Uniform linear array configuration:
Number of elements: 32
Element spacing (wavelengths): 1
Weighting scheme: uniform
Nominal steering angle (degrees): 15
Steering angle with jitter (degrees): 15.832
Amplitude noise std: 0.05
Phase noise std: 0.05

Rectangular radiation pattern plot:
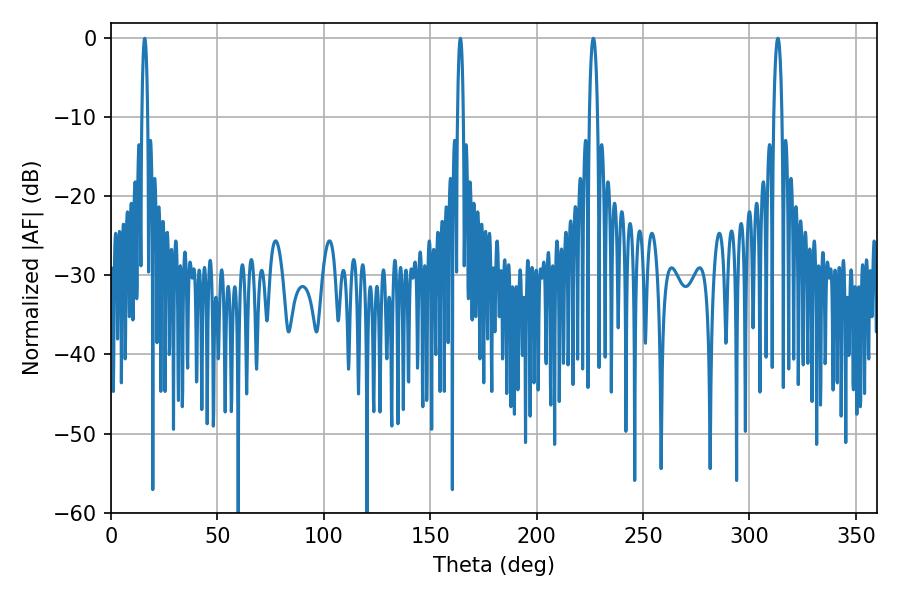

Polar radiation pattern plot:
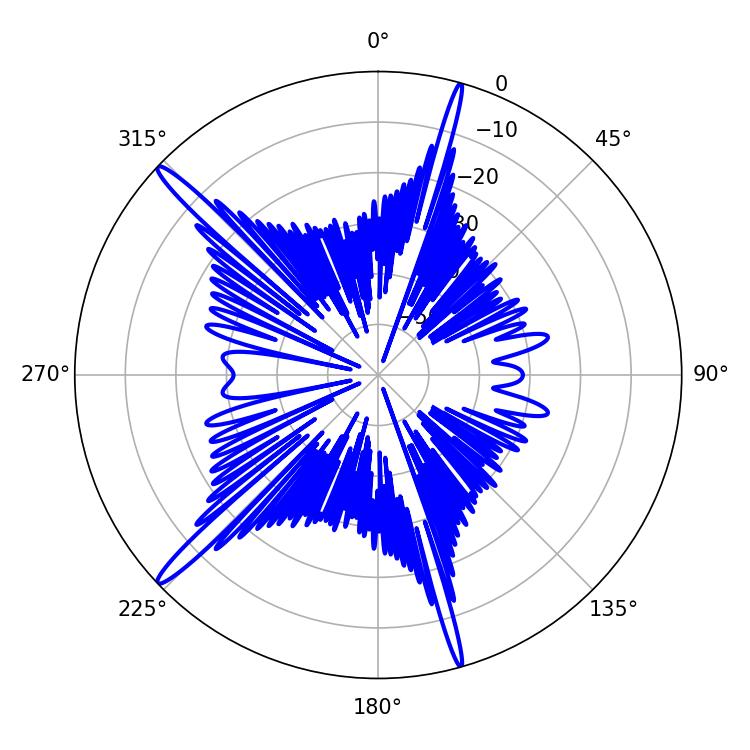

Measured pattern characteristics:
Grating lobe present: TRUE
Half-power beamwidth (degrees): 1.44
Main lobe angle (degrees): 15.84